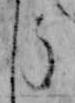
う